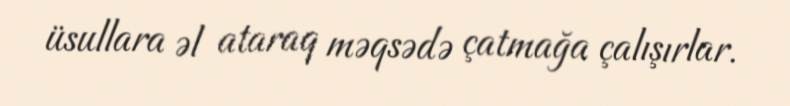
üsullara əl ataraq məqsədə çatmağa çalışırlar.